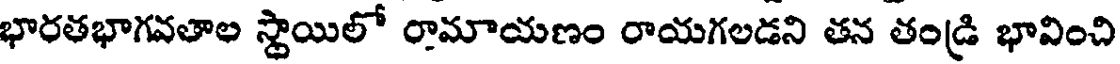
భారతభాగవతాల స్థాయిలో రామాయణం రాయగలడని తన తండ్రి భావించి